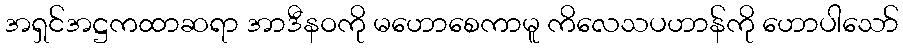
အရှင်အဋ္ဌကထာဆရာ အာဒီနဝကို မဟောစေကာမူ ကိလေသပဟာန်ကို ဟောပါသော်